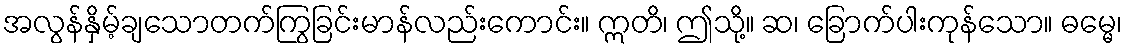
အလွန်နှိမ့်ချသောတက်ကြွခြင်းမာန်လည်းကောင်း။ ဣတိ၊ ဤသို့။ ဆ၊ ခြောက်ပါးကုန်သော။ ဓမ္မေ၊